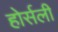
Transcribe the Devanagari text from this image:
होर्सली